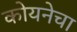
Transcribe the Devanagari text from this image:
कोयनेचा